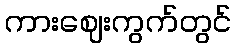
ကားဈေးကွက်တွင်